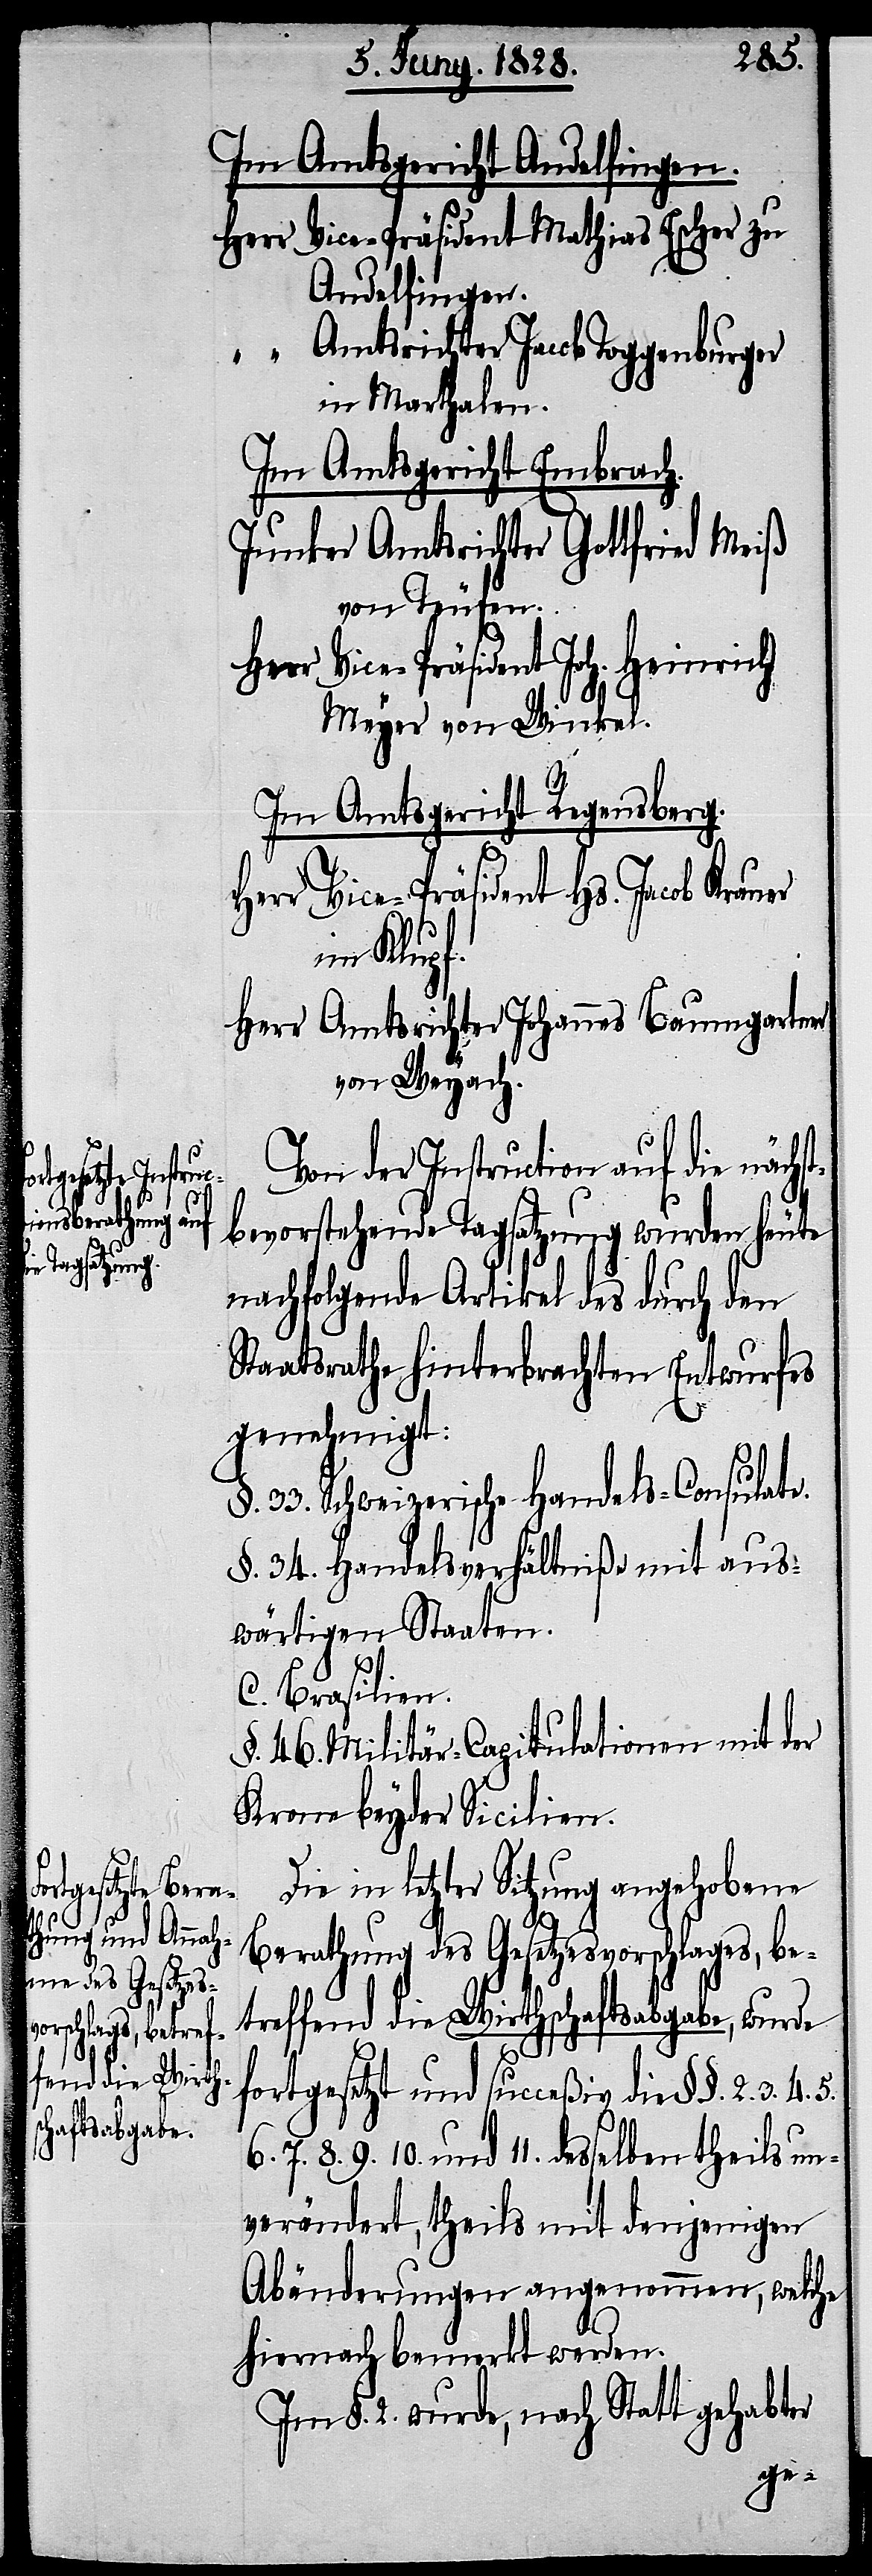
theils un¬

Im Amtsgericht Andelfingen.
Herr Vice-Präsident Mathias Escher zu
Andelfingen.
“ Amtsrichter Jacob Toggenburger
in Marthalen.
Im Amtsgericht Embrach.
Junker Amtsrichter Gottfried Meiß
von Teufen.
Her Vice-Präsident Joh. Heinrich
Meyer von Winkel.
Im Amtsgericht Regensberg.
Herr Vice-Präsident Hs. Jacob Krauer
im Klupf.
Herr Amtsrichter Johannes Baumgartner
von Weyach.
Von der Instruction auf die nächs¬
tbevorstehende Tagsatzung wurden heute
nachfolgende Artikel des durch den
Staatsrathe hinterbrachten Entwurfes
genehmigt:
33. Schweizerische Handels-Consulate.
§. 34. Handelsverhältniße mit aus¬
wärtigen Staaten.
C. Brasilien
§. 46. Militär-Capitulation mit der
Krone beyder Sicilien.
Die in letzter Sitzung angehobene
Berathung des Gesetzesvorschlages, be¬
treffend die Wirthschaftsabgabe, wurde
11.
fortgesetzt und succeßiv die §§. 2. 3.
verändert, theils mit denjenigen
Abänderungen angenommen, welche
hiernach bemerkt werden.
Im §. 2. wurde, nach Statt gehabter